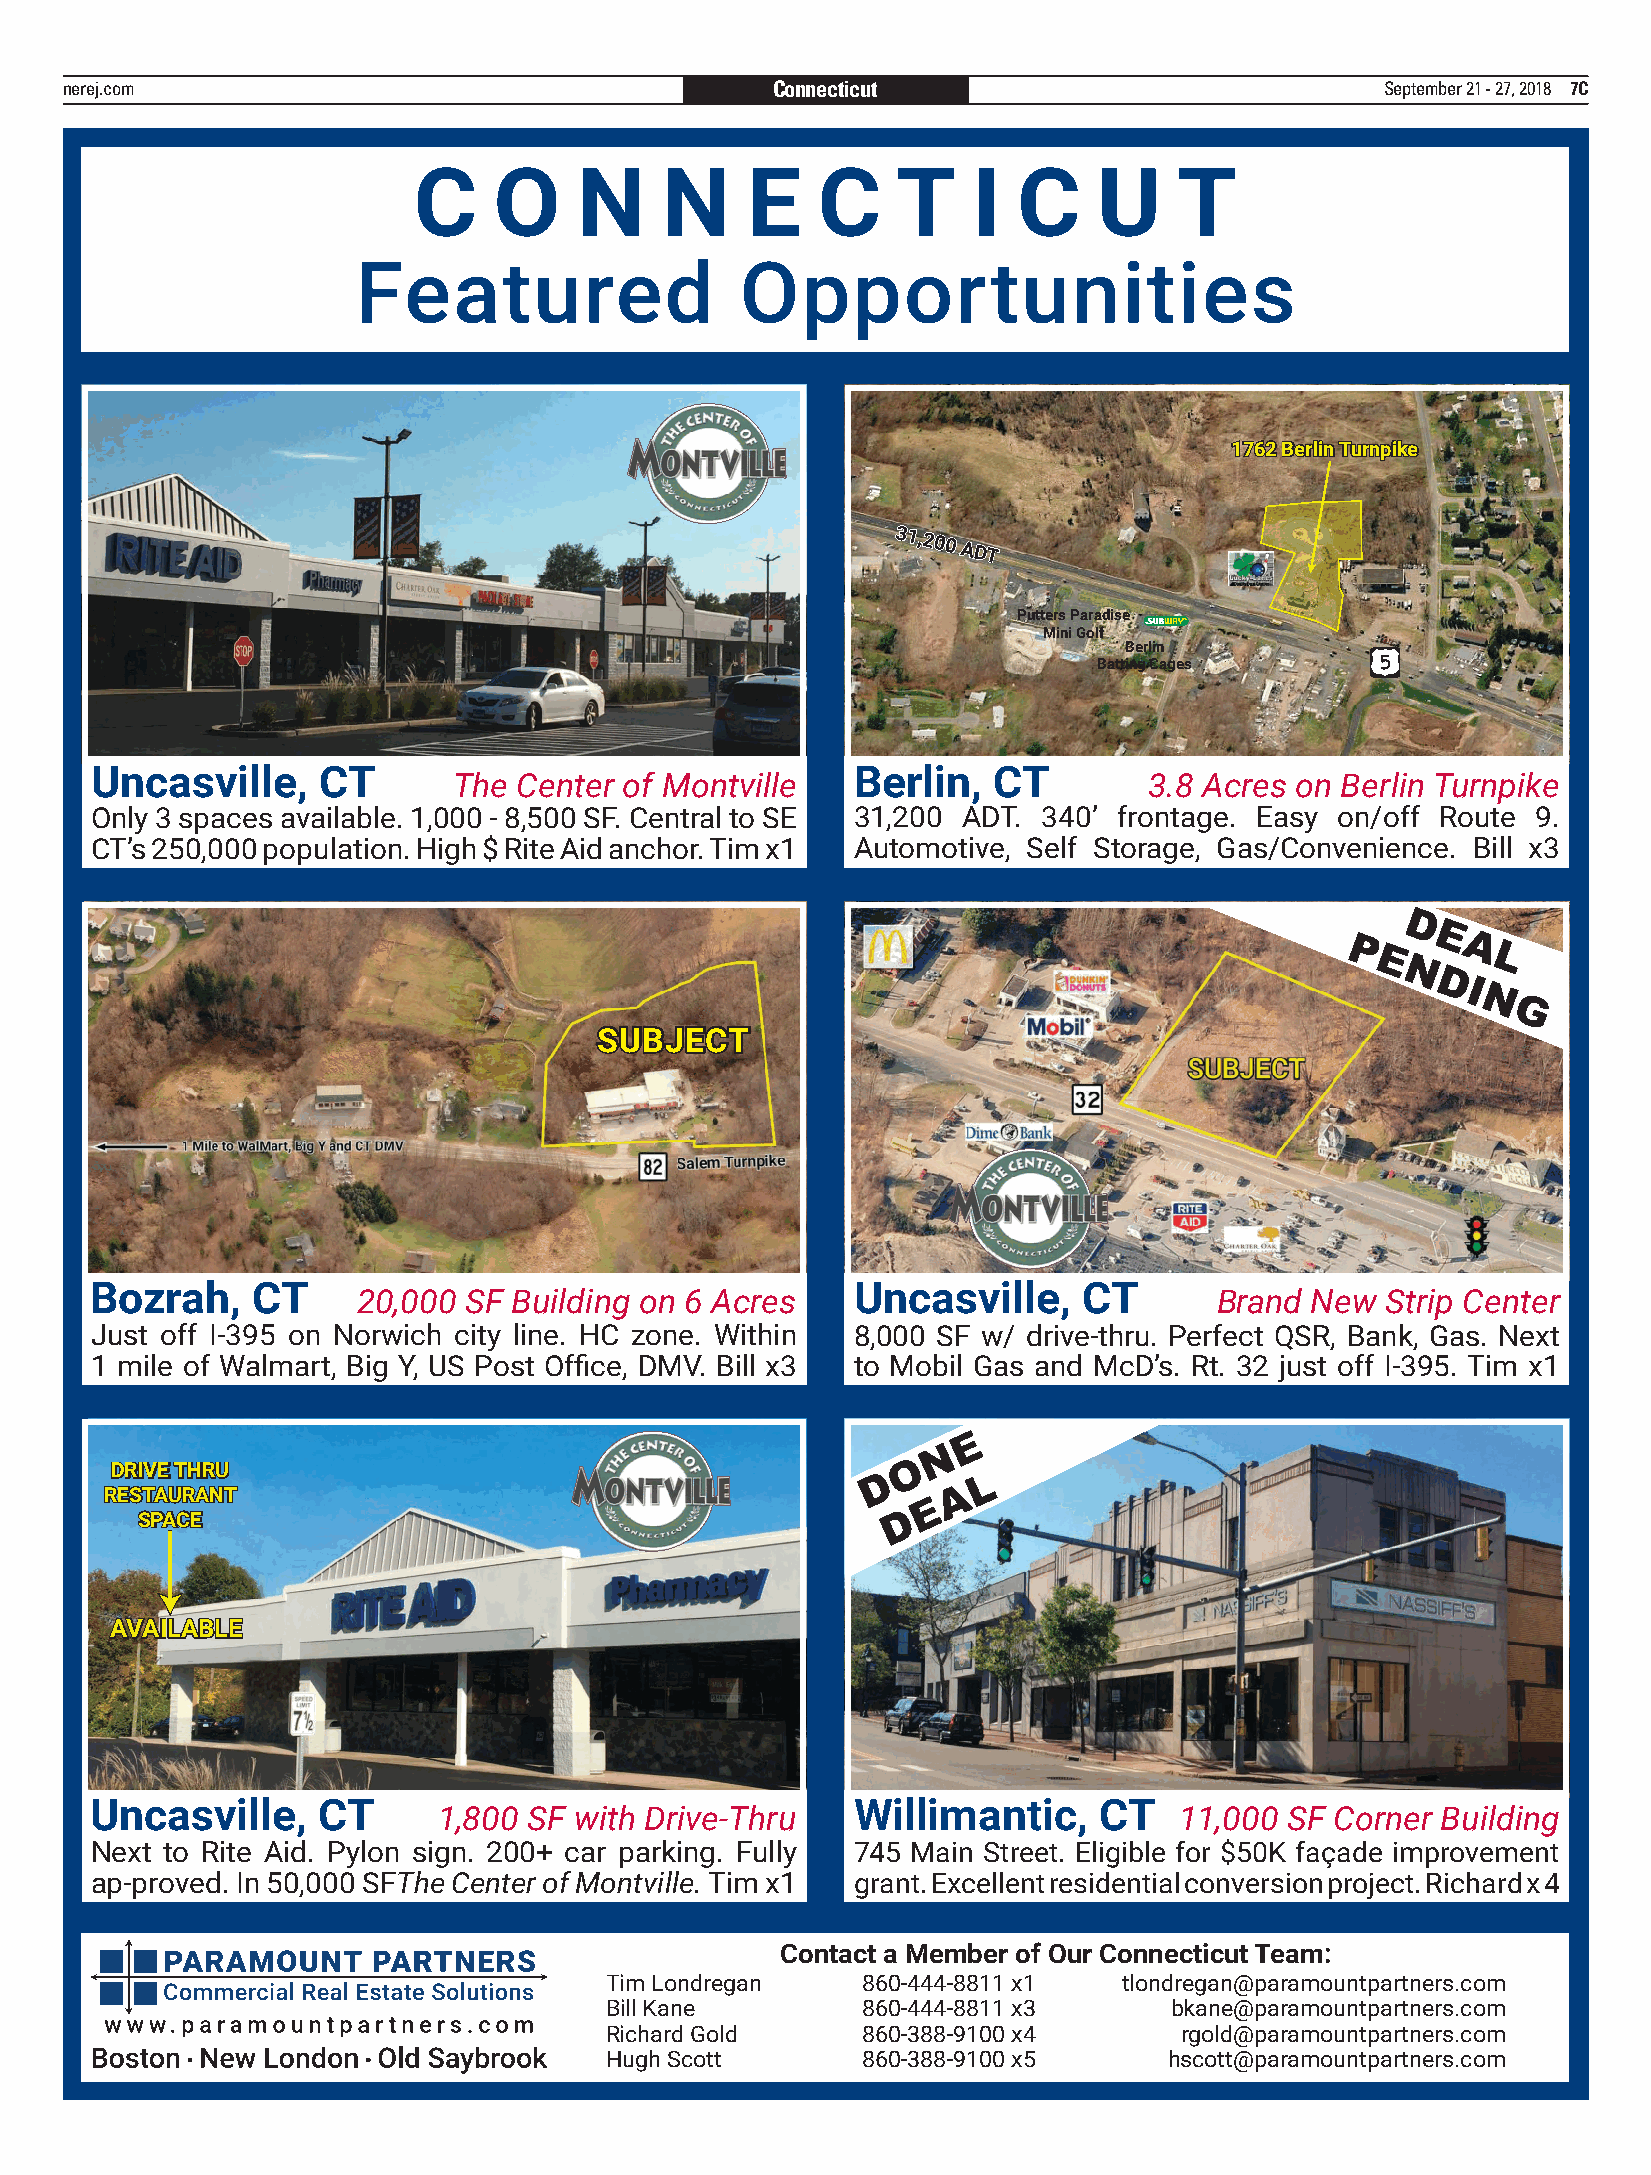
nerej.com                                      Connecticut                              September 21 - 27, 2018 7C
 C     O    N     N    E    C    T    I  C     U    T
 Featured                 Opportunities
 11776622 BBeerrlliinn TTuurrnnppiikkee
 Putters Paradise
 Mini Golf
 Berlin
 Batting Cages
 Uncasville,    CT                                  Berlin,  CT
 The Center of Montville                       3.8 Acres on Berlin Turnpike
 Only 3 spaces available. 1,000 - 8,500 SF. Central to SE 31,200 ADT. 340’ frontage. Easy on/off Route 9.
 CT’s 250,000 population. High $ Rite Aid anchor. Tim x1 Automotive, Self Storage, Gas/Convenience. Bill x3
 D
 E
 P E    A L
 N
 DI
 N
 G
 SUBJECT
 Bozrah,    CT                                      Uncasville,    CT
 20,000 SF Building on 6 Acres                           Brand  New  Strip Center
 Just off I-395 on Norwich city line. HC zone. Within 8,000 SF w/ drive-thru. Perfect QSR, Bank, Gas. Next
 1 mile of Walmart, Big Y, US Post Office, DMV. Bill x3 to Mobil Gas and McD’s. Rt. 32 just off I-395. Tim x1
 E
 N
 O
 DDRRIIVVEE TTHHRRUU
 D      L
 RREESSTTAAUURRAANNTT                                    A
 E
 SSPPAACCEE                                        D
 AAVVAAIILLAABBLLEE
 Uncasville,    CT                                  Willimantic,    CT
 1,800 SF with Drive-Thru                         11,000 SF Corner Building
 Next to Rite Aid. Pylon sign. 200+ car parking. Fully 745 Main Street. Eligible for $50K façade improvement
 ap-proved. In 50,000 SFThe Center of Montville. Tim x1 grant. Excellent residential conversion project. Richard x 4
 Contact a Member of Our Connecticut Team:
 Tim Londregan    860-444-8811 x1  tlondregan@paramountpartners.com
 Bill Kane        860-444-8811 x3     bkane@paramountpartners.com
 Richard Gold     860-388-9100 x4      rgold@paramountpartners.com
 Hugh Scott       860-388-9100 x5     hscott@paramountpartners.com
 PROOF   NE NY Tel: 781-878-4540
 REAL ESTATE JOURNAL
 Changes New Proof Proof Approved
 Section: CT
 From: AM
 Run Date: 5-19